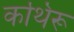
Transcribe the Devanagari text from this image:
कथिरू